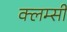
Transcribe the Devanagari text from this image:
क्लम्सी